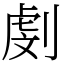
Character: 㓺